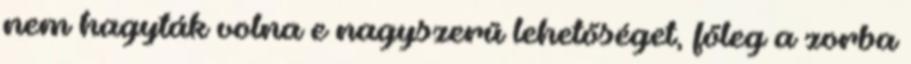
nem hagyták volna e nagyszerű lehetőséget, főleg a zorba